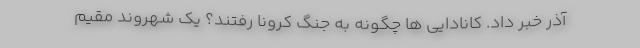
آذر خبر داد. کانادایی ها چگونه به جنگ کرونا رفتند؟ یک شهروند مقیم